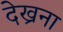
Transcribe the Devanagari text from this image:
देख्रना